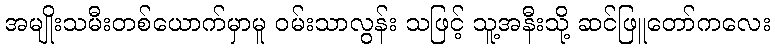
အမျိုးသမီးတစ်ယောက်မှာမူ ဝမ်းသာလွန်း သဖြင့် သူ့အနီးသို့ ဆင်ဖြူတော်ကလေး